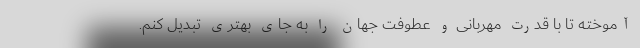
آموخته تا با قدرت مهربانی و عطوفت جهان را به جای بهتری تبدیل کنم.